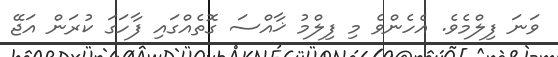
ވަނަ ފިލްމެވެ. އެހެންވެ މި ފިލްމު ޚާއްސަ ގޮތެއްގައި ފާހަގަ ކުރަން އަޖޭ